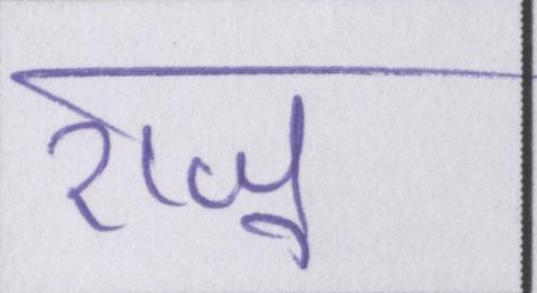
राजू